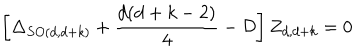
\left[ \Delta _ { S O ( d , d + k ) } + \frac { d ( d + k - 2 ) } { 4 } - { \cal { D } } \right] Z _ { d , d + k } = 0